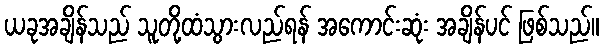
ယခုအချိန်သည် သူတို့ထံသွားလည်ရန် အကောင်းဆုံး အချိန်ပင် ဖြစ်သည်။